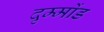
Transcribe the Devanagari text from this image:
दृम्मोंड